Scientific memoirs by medical officers of the Army of India - Part III,
Year: 1887
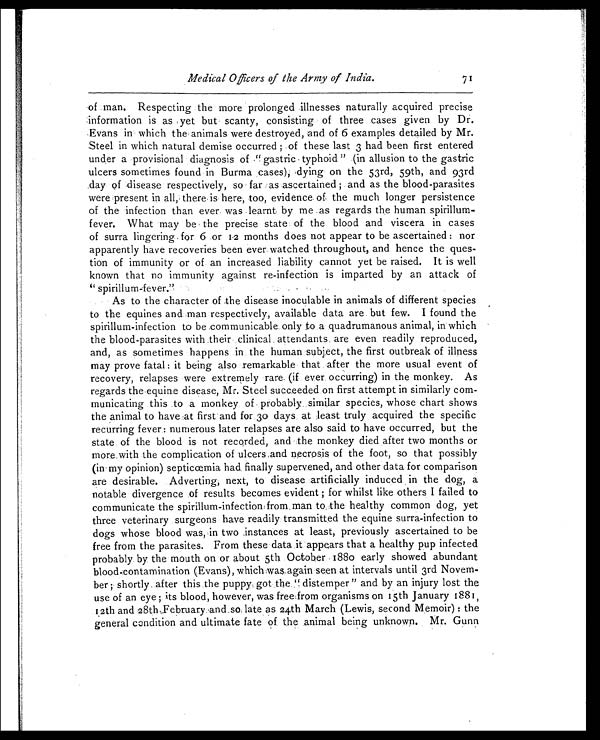
Medical Officers of the Army of India.
of man. Respecting the more prolonged illnesses naturally acquired precise
information is as yet but scanty, consisting of three cases given by Dr.
Evans in which the animals were destroyed, and of 6 examples detailed by Mr.
Steel in which natural demise occurred ; of these last 3 had been first entered
under a provisional diagnosis of " gastric typhoid " (in allusion to the gastric
ulcers sometimes found in Burma cases), dying on the 53rd, 59th, and 93rd
day of disease respectively, so far as ascertained ; and as the blood-parasites
were present in all, there is here, too, evidence- of the much longer persistence
of the infection than ever- was -learnt by me as regards the human spirillum-
f ever. What may be the precise state of the blood and viscera in cases
of surra lingering for 6 or 12 months does not appear to be ascertained : nor
apparently have recoveries been ever watched throughout, and hence the ques-
tion of immunity or of an increased liability cannot yet be raised. It is well
known that no immunity against re-infection is imparted by an attack of
" spirillum-fever.".
As to the character of the disease inoculable in animals of different species
to the equines and man respectively, available data are but few. I found the
spirillum-infection to be communicable only to a quadrumanous animal, in which
the blood-parasites with their clinical attendants, are even readily reproduced,
and, as sometimes happens in the human subject, the first outbreak of illness
may prove fatal : it being also remarkable that after the more usual event of
recovery, relapses were extremely rare. (if ever occurring) in the monkey. As
regards the equine disease, Mr. Steel succeeded on first attempt in similarly com-
municating this to a monkey of probably similar species, whose chart shows
the animal to have at first and for 30 days at least truly acquired the specific
recurring fever : numerous later relapses are also said to have occurred, but the
state of the blood is not recorded, and the monkey died after two months or
more with the complication of ulcers and necrosis of the foot, so that possibly
(in my opinion) septicœmia had finally supervened, and other data for comparison
are desirable. Adverting, next, to disease artificially induced in the dog, a
notable divergence of results becomes evident ; for whilst like others I failed to
communicate the spirillum-infection from man to the healthy common dog, yet
three veterinary surgeons have readily transmitted the equine surra-infection to
dogs whose blood was, in two instances at least, previously ascertained to be
free from the parasites. From these- data it appears that a healthy pup infected
probably by the mouth on or about 5th October 1880 early showed abundant
blood-contamination (Evans), which was, again seen at intervals until 3rd Novem-
ber ; shortly. after this the puppy got the "d i s t e m p e r " a n d b y a n i n j u r y l o s t t h e
use of an eye ; its blood, however, was free from organisms on 15th January 1881,
1. 2th and 28th February and so late as 24th March (Lewis, second Memoir) : the
general condition and ultimate fate of the animal being unknown. Mr. Gunn
71